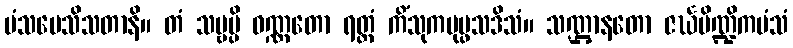
မံသပေသိသတာနိ။ တံ သဗ္ဗမ္ပိ ဝဏ္ဏတော ရတ္တံ ကိံသုကပုပ္ဖသဒိသံ။ သဏ္ဌာနတော ဇင်္ဃပိဏ္ဍိကမံသံ